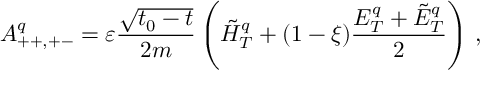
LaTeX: A _ { + + , + - } ^ { q } = \varepsilon \frac { \sqrt { t _ { 0 } - t } } { 2 m } \left( \tilde { H } _ { T } ^ { q } + ( 1 - \xi ) \frac { E _ { T } ^ { q } + \tilde { E } _ { T } ^ { q } } { 2 } \right) \, ,